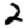
Digit: 2